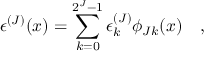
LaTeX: \epsilon ^ { ( J ) } ( x ) = \sum _ { k = 0 } ^ { 2 ^ { J } - 1 } \epsilon _ { k } ^ { ( J ) } \phi _ { J k } ( x ) \quad ,